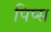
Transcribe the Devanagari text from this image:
पिप्स